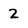
Character: 2